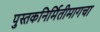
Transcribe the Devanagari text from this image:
पुस्तकनिर्मितीमागचा